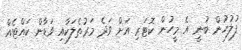
ފުލުހުން ބުނީ އެ މީހުން ކޮޓަރި އަށް ވަދެ މަރުތެލަކާއި ވަޑާން ކައްޓެއް